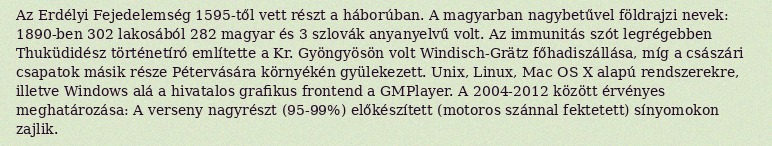
Az Erdélyi Fejedelemség 1595-től vett részt a háborúban. A magyarban nagybetűvel földrajzi nevek: 1890-ben 302 lakosából 282 magyar és 3 szlovák anyanyelvű volt. Az immunitás szót legrégebben Thuküdidész történetíró említette a Kr. Gyöngyösön volt Windisch-Grätz főhadiszállása, míg a császári csapatok másik része Pétervására környékén gyülekezett. Unix, Linux, Mac OS X alapú rendszerekre, illetve Windows alá a hivatalos grafikus frontend a GMPlayer. A 2004-2012 között érvényes meghatározása: A verseny nagyrészt (95-99%) előkészített (motoros szánnal fektetett) sínyomokon zajlik.